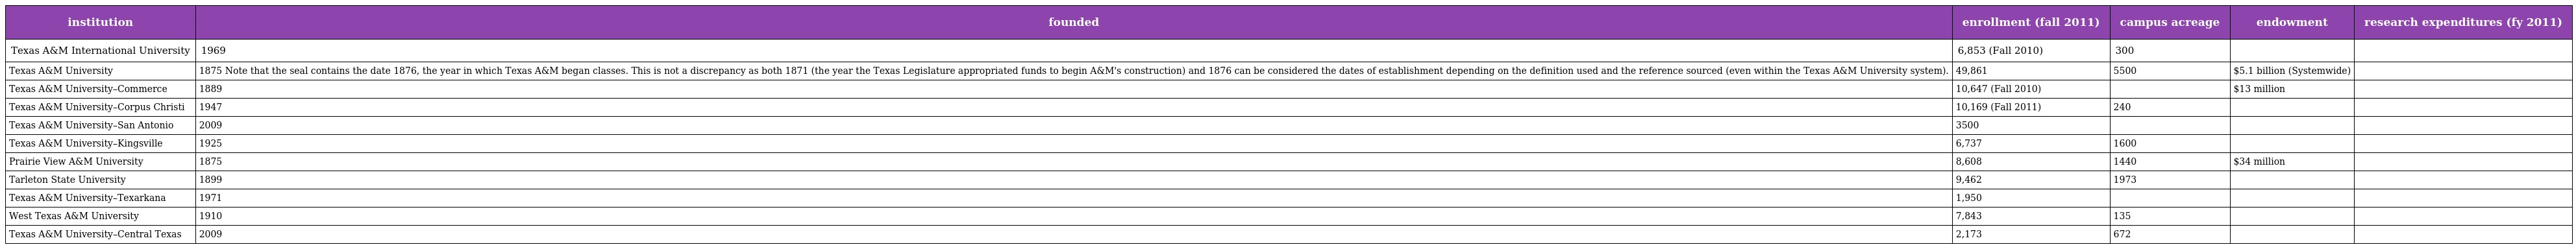
| institution | founded | enrollment (fall 2011) | campus acreage | endowment | research expenditures (fy 2011) |
 | --- | --- | --- | --- | --- | --- |
 | Texas A&M International University | 1969 | 6,853 (Fall 2010) | 300 |  |  |
 | Texas A&M University | 1875 Note that the seal contains the date 1876, the year in which Texas A&M began classes. This is not a discrepancy as both 1871 (the year the Texas Legislature appropriated funds to begin A&M's construction) and 1876 can be considered the dates of establishment depending on the definition used and the reference sourced (even within the Texas A&M University system). | 49,861 | 5500 | $5.1 billion (Systemwide) |  |
 | Texas A&M University–Commerce | 1889 | 10,647 (Fall 2010) |  | $13 million |  |
 | Texas A&M University–Corpus Christi | 1947 | 10,169 (Fall 2011) | 240 |  |  |
 | Texas A&M University–San Antonio | 2009 | 3500 |  |  |  |
 | Texas A&M University–Kingsville | 1925 | 6,737 | 1600 |  |  |
 | Prairie View A&M University | 1875 | 8,608 | 1440 | $34 million |  |
 | Tarleton State University | 1899 | 9,462 | 1973 |  |  |
 | Texas A&M University–Texarkana | 1971 | 1,950 |  |  |  |
 | West Texas A&M University | 1910 | 7,843 | 135 |  |  |
 | Texas A&M University–Central Texas | 2009 | 2,173 | 672 |  |  |